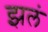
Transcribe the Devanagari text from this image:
झलं